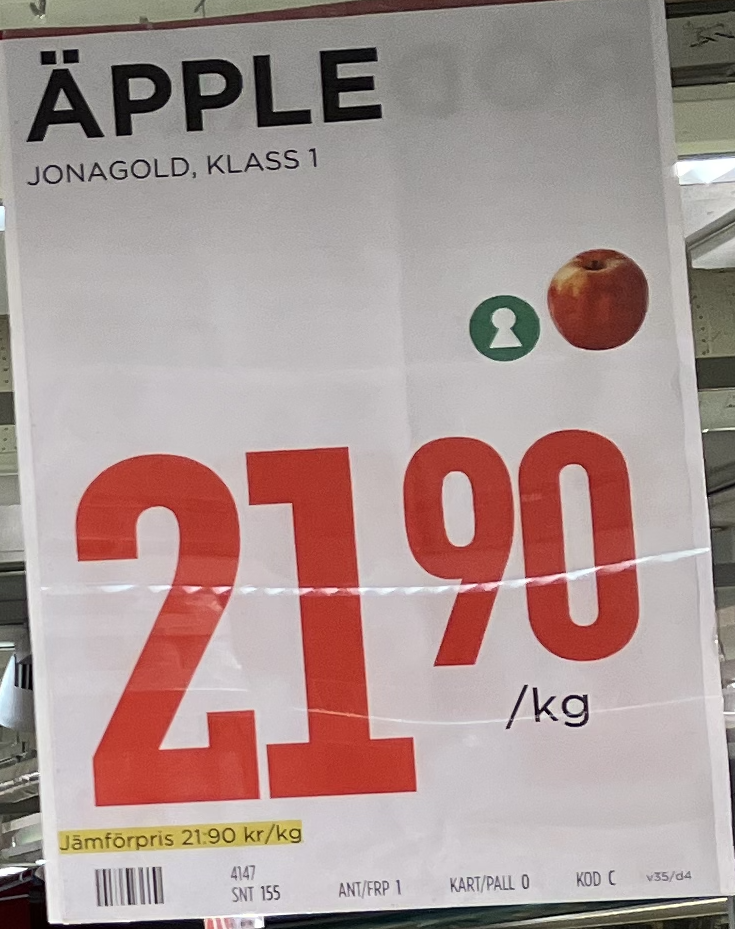
Vara: Äpple
Genomsnittspris: 21.9 per kg